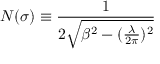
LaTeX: N ( \sigma ) \equiv \frac { 1 } { 2 \sqrt { \beta ^ { 2 } - ( \frac { \lambda } { 2 \pi } ) ^ { 2 } } }